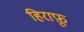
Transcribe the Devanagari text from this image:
हिराफ़ू